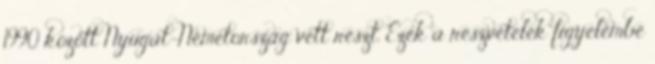
1990 között Nyugat-Németország vett részt. Ezek a részvételek figyelembe